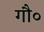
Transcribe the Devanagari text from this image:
गौ०